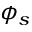
\phi _ { s }